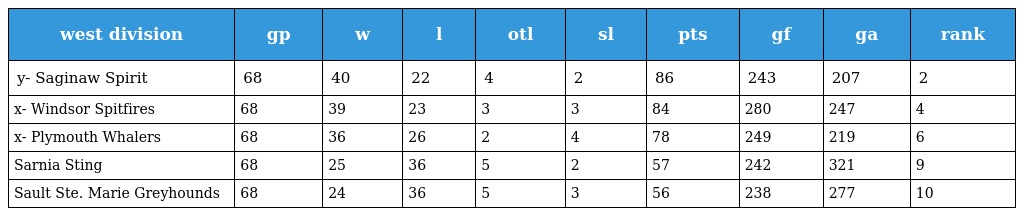
| west division | gp | w | l | otl | sl | pts | gf | ga | rank |
 | --- | --- | --- | --- | --- | --- | --- | --- | --- | --- |
 | y- Saginaw Spirit | 68 | 40 | 22 | 4 | 2 | 86 | 243 | 207 | 2 |
 | x- Windsor Spitfires | 68 | 39 | 23 | 3 | 3 | 84 | 280 | 247 | 4 |
 | x- Plymouth Whalers | 68 | 36 | 26 | 2 | 4 | 78 | 249 | 219 | 6 |
 | Sarnia Sting | 68 | 25 | 36 | 5 | 2 | 57 | 242 | 321 | 9 |
 | Sault Ste. Marie Greyhounds | 68 | 24 | 36 | 5 | 3 | 56 | 238 | 277 | 10 |